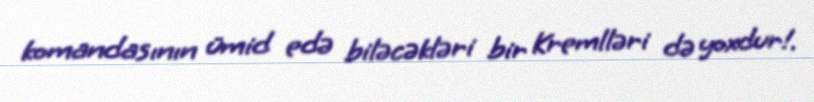
komandasının ümid edə biləcəkləri bir Kremlləri də yoxdur!.